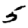
Digit: 5